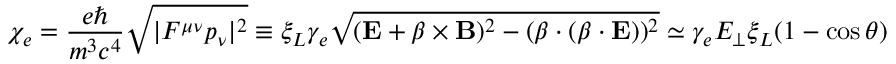
\chi _ { e } = \frac { e \hbar } { m ^ { 3 } c ^ { 4 } } \sqrt { | F ^ { \mu \nu } p _ { \nu } | ^ { 2 } } \equiv \xi _ { L } \gamma _ { e } \sqrt { ( \mathbf { E } + \boldsymbol { \beta } \times \mathbf { B } ) ^ { 2 } - ( \boldsymbol { \beta } \cdot ( \boldsymbol { \beta } \cdot \mathbf { E } ) ) ^ { 2 } } \simeq \gamma _ { e } E _ { \perp } \xi _ { L } ( 1 - \cos \theta )